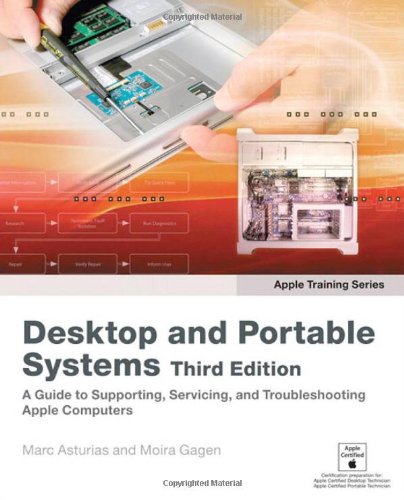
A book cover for Apple Training Series: Desktop and Portable Systems (3rd Edition); Marc Asturias; Computers & Technology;